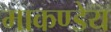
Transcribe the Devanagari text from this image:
माकण्डेय